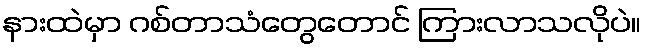
နားထဲမှာ ဂစ်တာသံတွေတောင် ကြားလာသလိုပဲ။